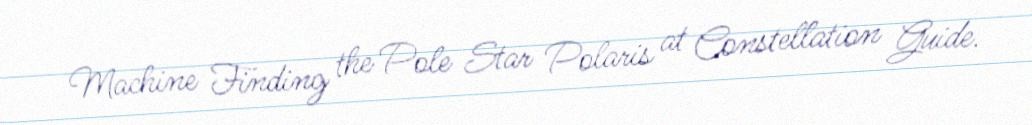
Machine Finding the Pole Star Polaris at Constellation Guide.